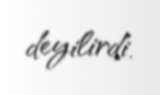
deyilirdi.